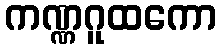
ကဏ္ဏဂူထကော